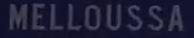
MELLOUSSA